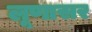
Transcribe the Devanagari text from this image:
लूणासर